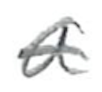
Text: a
Cross-out: single-line
Writing tool: pencil